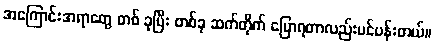
အကြောင်းအရာတွေ တစ် ခုပြီး တစ်ခု ဆက်တိုက် ပြောရတာလည်းပင်ပန်းတယ်။